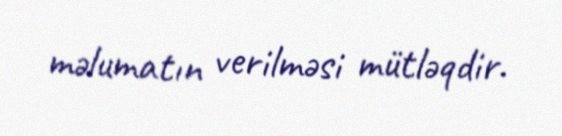
məlumatın verilməsi mütləqdir.